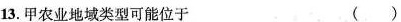
13.甲农业地域类型可能位于 ( )